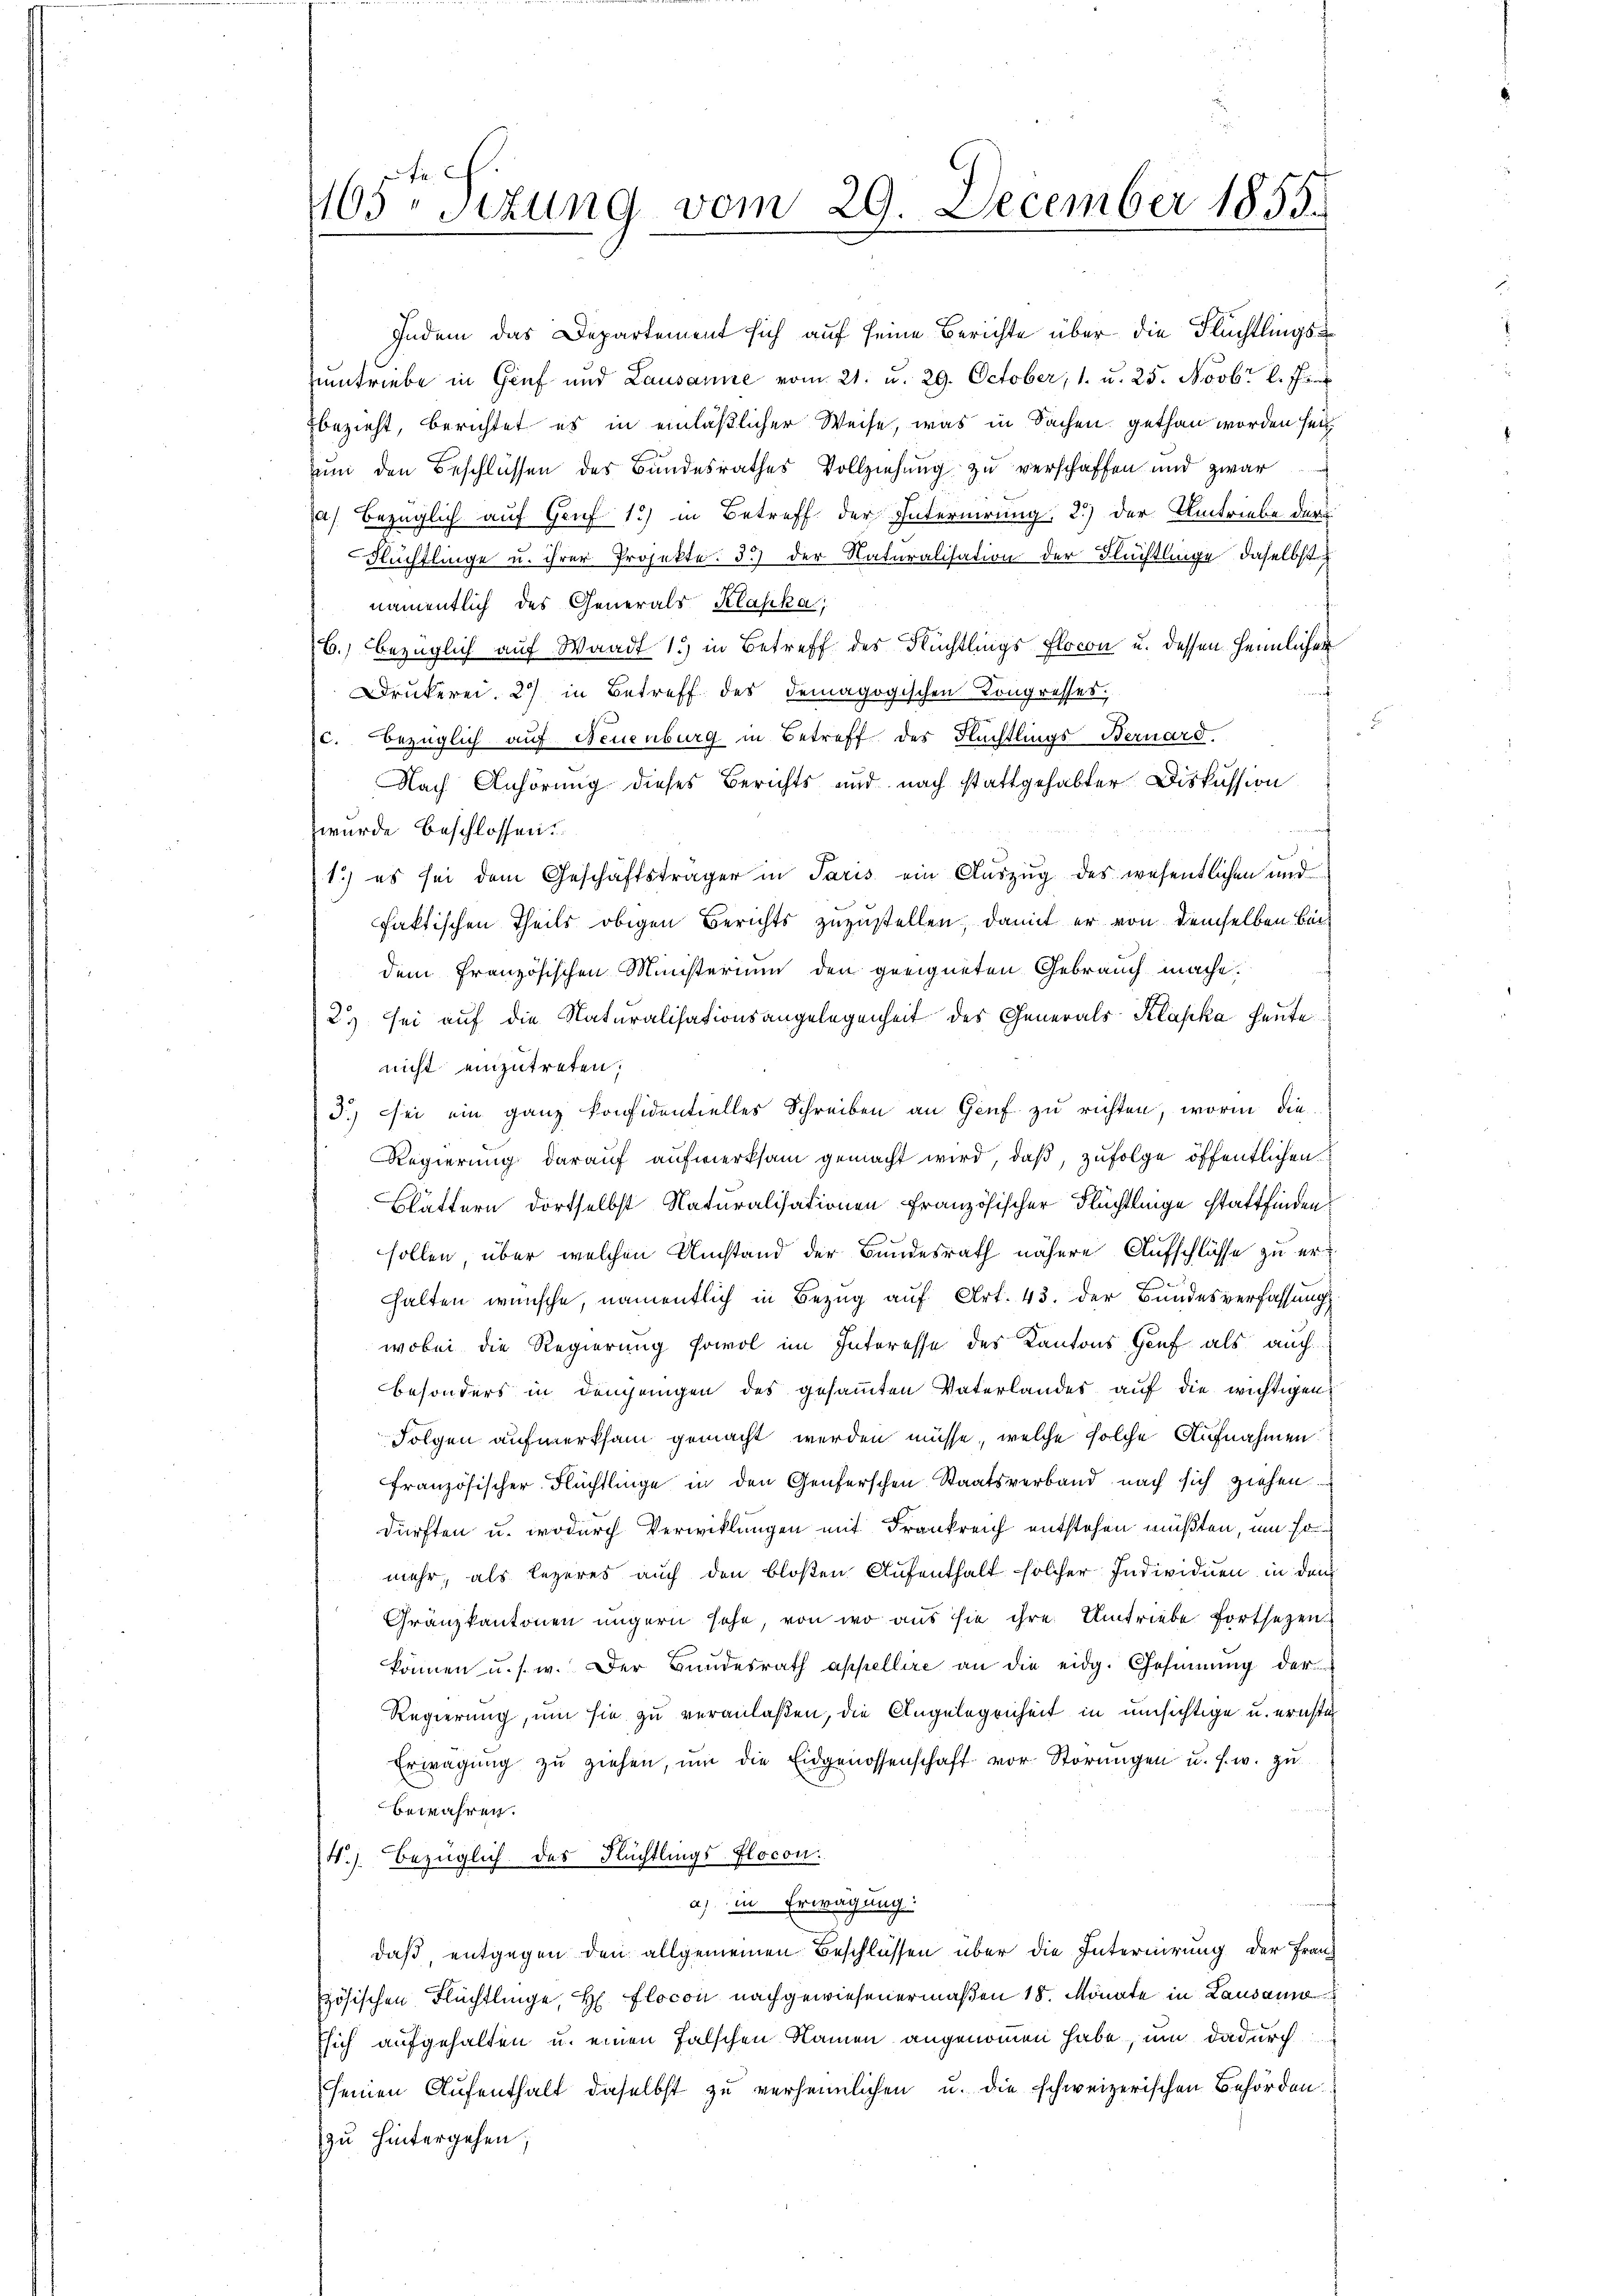
1105. schung vom 29. December 1855.

namentlich des Generals Klasika
B.) bezüglich auf Waadt 13) in Betreff des Flüchtlings Flocon u. dessen heimlichen
Drukerei. 2) in Betreff des demagogischen Kongresses,
B
c. bezüglich auf Neuenburg in Betreff des Flüchtlings Bernard.
Nach Anhörung dieses Berichts und nach stattgehabter Diskussion
wurde beschlossen:
1.) es sei dem Geschäftsträger in Paris ein Auszug des wesentlichen und
faktischen Theils obigen Berichts zuzustellen, damit er von demselben beidem französischen Ministerium den geeigneten Gebrauch mache.
2) sei auf die Naturalisationsangelegenheit des Generals Klaska heute
nicht einzutreten;
3) sei ein ganz konfidentielles Schreiben an Genf zu richten, worin die
Regierung darauf aufmerksam gemacht wird, daß, zufolge öffentlichen
Blättern dortselbst Naturalisationen französischer Flüchtlinge stattfinden
sollen, über welchen Umstand der Bundesrath nähere Aufschlüsse zu erhalten wünsche, namentlich in Bezug auf Art. 43. Der Bundesverfassung
wobei die Regierung sowol im Interesse des Kantons Genf als auch
besonders in demjenigen des gesammten Vaterlandes auf die wichtigen
Folgen aufmerksam gemacht werden müsse, welche solche Aufnahmen:
französischer Flüchtlinge in den Genferschen Staatsverband nach sich ziehen
dürften u. wodurch Verwicklungen mit Frankreich entstehen müßten, um so
mehr, als lezeres auch den bloßen Aufenthalt solcher Individuen in dem
Gränzkantonen ungern sehe, von wo aus sie ihre Umtriebe fortsetzen
können u. s. w. Der Bundesrath appellire an die eidg. Gesinnung der
Regierung, um sie zu veranlaßen, die Angelegenheit in umsichtige u. ernste
Erwägŭng zŭ ziehen, um die Eidgenossenschaft vor Störungen u. s. w. zu
bewahren.
14.) Bezüglich des Flüchtlings flocon
a) in Erwägung:
daß, entgegen den allgemeinen Beschlüssen über die Internirung der Franz
zösischen Flüchtlinge, H. Flocon nachgewiesenermaßen 18. Monate in Lausam
Esich aufgehalten u. einen falschen Namen angenommen habe, um dadurch
seinen Aufenthalt daselbst zu verheimlichen u. die schweizerischen Behörden.
zu hintergehen.

Indem das Departement sich auf seine Berichte über die Flüchtlings¬
Eintriebe in Genf und Lausanne vom 21. u. 29. October, 1. u. 25. Novbr l. Jun
bezieht, berichtet es in einläßlicher Weise, was in Sachen gethan worden sei
zum den Beschlüssen des Bundesrathes Vollziehung zu verschaffen und zwar
a) bezüglich auf Genf 13) in Betreff der Internirung: 2.) der Umtriebe der
Flüchtlinge u. ihrer Projekte. 3) der Naturalisation der Flüchtlinge, daselbst